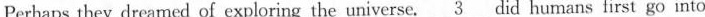
Perhaps they dreamed of exploring the universe.